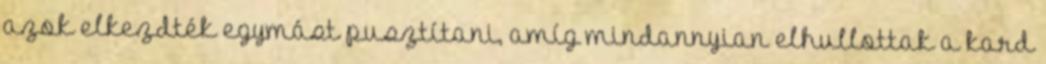
azok elkezdték egymást pusztítani, amíg mindannyian elhullottak a kard